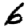
Digit: 6